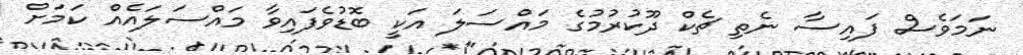
ނަމަވެސް ފައިސާ ނެތި ޗެކް ދޫކުރުމުގެ މައްސަލަ އަކީ ބޮޑުވެފައިވާ މައްސަލައެއް ކަމަށް